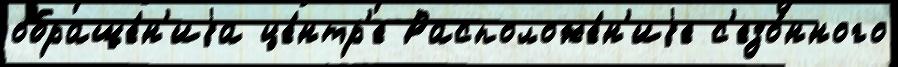
обраще́н'иjа це́нтр'е Расположе́н'иjе с'езо́нного